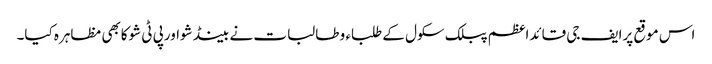
اس موقع پرایف جی قائداعظم پبلک سکول کے طلباء و طالبات نے بینڈشواورپی ٹی شوکابھی مظاہرہ کیا۔